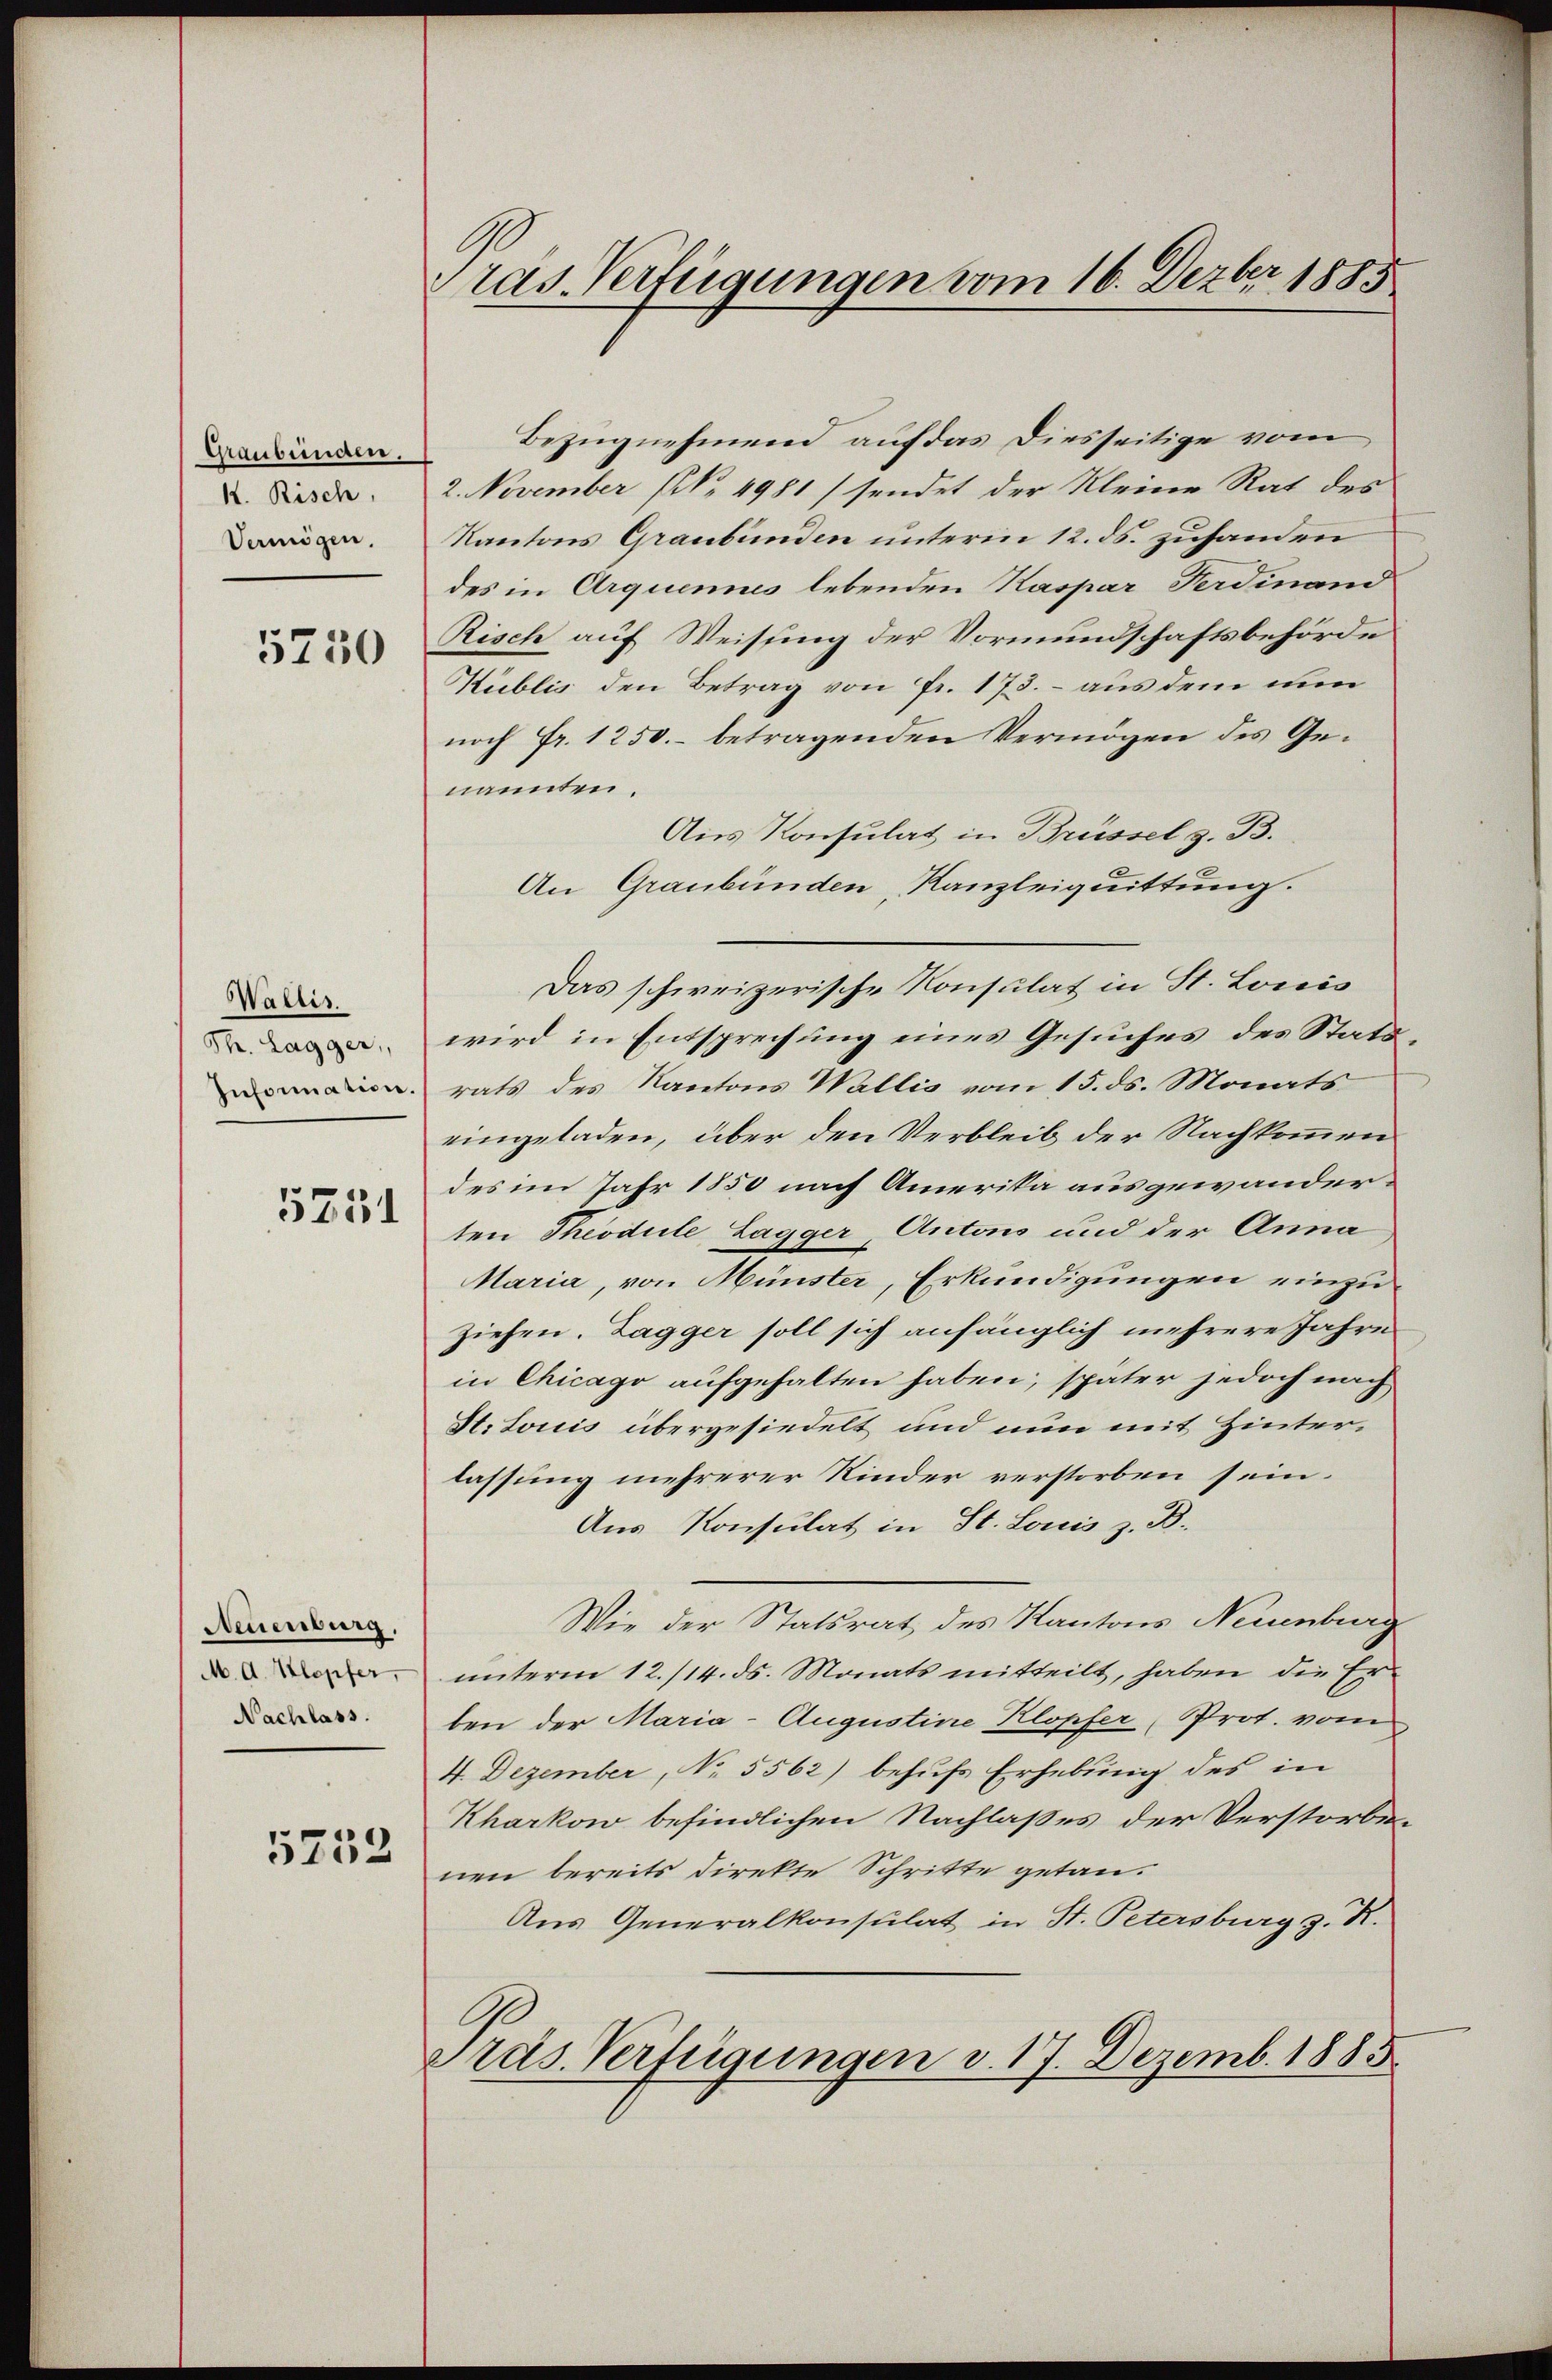
Graubünden.
k. Risch,
Vermögen.

5750

Wallis.
Th. Lagger,
Information.

5251

Neuenburg,
M. A. Klopfer,
Nachlass.

5752

ras. Verfügungen vom 16. Dezbr 1885

Bezugnehmend auf das Diesseitige vom
2. November N. 4981/ sendet der Kleine Rat des
Kantons Graubünden unterm 12. ds. zuhanden
des in Arquennes lebenden Kaspar Ferdinand
Risch auf Weisung der Vormundschaftsbehörde
Kublis den Betrag von Fr. 173. – aus dem nun
noch Fr. 1250.- betragenden Vermögen des Genannten.
Aus Konsulat in Brüssel z. B.
An Graubünden, Kanzleiquittung.
Das schweizerische Konsulat in St. Louis
wird in Entsprechung eines Gesuches des Statsrats des Kantons Wallis vom 15. ds. Monats
eingeladen, über den Verbleib der Nachkommen
des im Jahr 1850 nach Amerika ausgewanderten Theodule Lagger, Antons und der Anna
Maria, von Münster, Erkundigungen einzuziehen. Zagger soll sich anfänglich mehrere Jahre
in Chicago aufgehalten haben; später jedoch nach
H. Louis übergesiedelt und nun mit Hinterlassung mehrerer Kinder verstorben sein.
Aus Konsulat in St. Louis z. B.
Wie der Statsrat des Kantons Neuenburg
unterm 12./14. ds. Monats mitteilt, haben die Er
ben der Maria- Augustine Klopfer, Prot. vom
4. Dezember, No 5562) behufs Erhebung des in
Kharkow befindlichen Nachlaßes der Verstorbenen bereits direkte Schritte getan.
Aus Generalkonsulat in St. Petersburg z. R.
Pras. Verfügungen v. 17. Dezemb. 1885